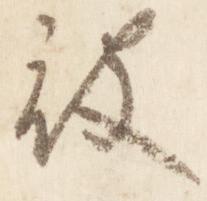
被